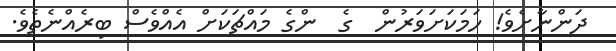
ދަންނާށެވެ! ހަމަކަށަވަރުން  ގެ  ންގެ މައްޗަކަށް އެއްވެސް ބިރެއްނެތެވެ.